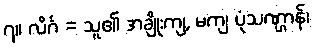
၇။ လိင်္ဂ = သူ၏ အချိုးကျ, မကျ ပုံသဏ္ဌာန်၊